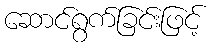
ဆောင်ရွက်ခြင်းဖြင့်